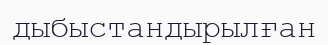
дыбыстандырылған